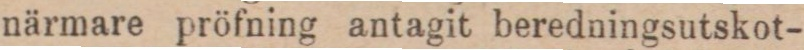
närmare pröfning antagit beredningsutskot-